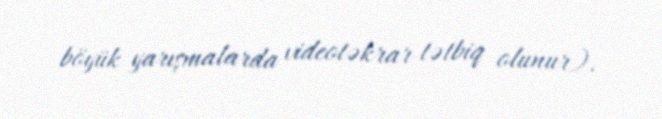
böyük yarışmalarda videotəkrar tətbiq olunur).